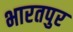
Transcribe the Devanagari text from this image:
भारतपुर